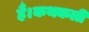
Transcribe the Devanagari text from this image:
हैं।कथकली